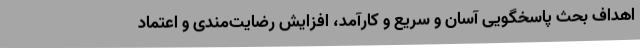
اهداف بحث پاسخگویی آسان و سریع و کارآمد، افزایش رضایت‌مندی و اعتماد